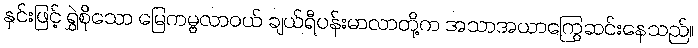
နှင်းဖြင့် ရွှဲစိုသော မြေကမ္ဗလာဝယ် ချယ်ရီပန်းမာလာတို့က အသာအယာကြွေဆင်းနေသည်။